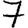
Digit: 7